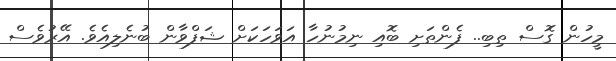
މީހުން ގޮސް ތިބި.. ފެންތަށި ބޮއި ނިމުނުހާ އަވަހަކަށް ޝަފްވާން ބުނެލިއެވެ. އޭރުވެސް